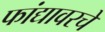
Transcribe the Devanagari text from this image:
फांद्यावरचे